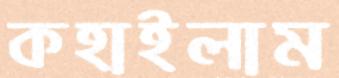
কহাইলাম